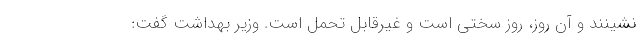
نشینند و آن روز، روز سختی است و غیرقابل تحمل است. وزیر بهداشت گفت: